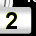
Digit: 2